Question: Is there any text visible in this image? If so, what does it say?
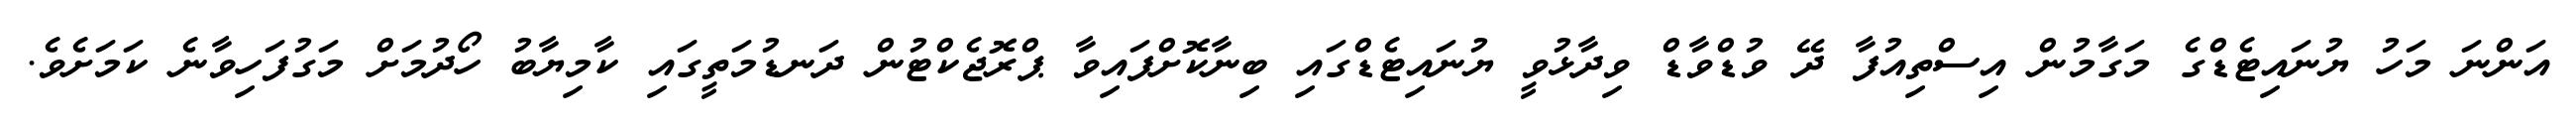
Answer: އަންނަ މަހު ޔުނައިޓެޑްގެ މަގާމުން އިސްތިއުފާ ދޭ ވުޑްވާޑް ވިދާޅުވީ ޔުނައިޓެޑްގައި ބިނާކޮށްފައިވާ ޕްރޮޖެކްޓުން ދަނޑުމަތީގައި ކާމިޔާބު ހޯދުމަށް މަގުފަހިވާނެ ކަމަށެވެ.